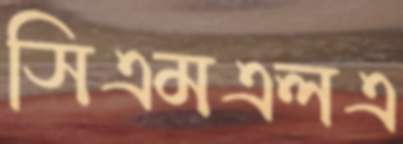
সিএমএলএ